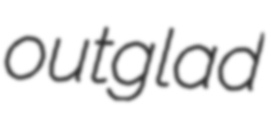
outglad